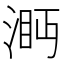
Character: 㴐